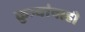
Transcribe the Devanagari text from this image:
कुत्र्यांनाही